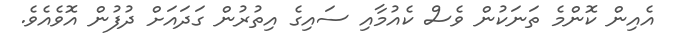
އެއިން ކޮންމެ ތަނަކުން ވެސް ކެއުމާއި ސައިގެ އިތުރުން ގަދައަށް ދުފުން އޮވެއެވެ.